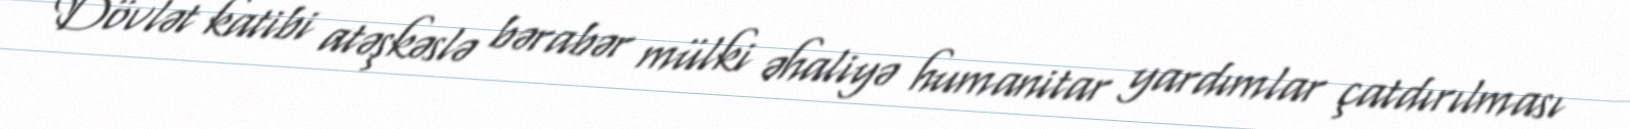
Dövlət katibi atəşkəslə bərabər mülki əhaliyə humanitar yardımlar çatdırılması